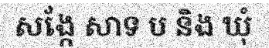
សង្កែ សាទ ប និង ឃុំ